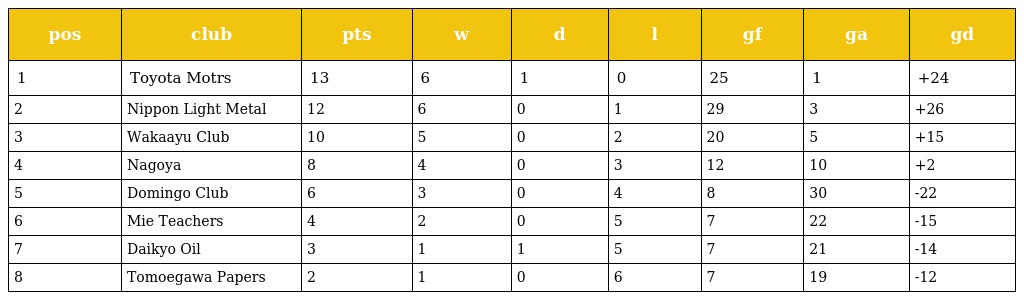
| pos | club | pts | w | d | l | gf | ga | gd |
 | --- | --- | --- | --- | --- | --- | --- | --- | --- |
 | 1 | Toyota Motrs | 13 | 6 | 1 | 0 | 25 | 1 | +24 |
 | 2 | Nippon Light Metal | 12 | 6 | 0 | 1 | 29 | 3 | +26 |
 | 3 | Wakaayu Club | 10 | 5 | 0 | 2 | 20 | 5 | +15 |
 | 4 | Nagoya | 8 | 4 | 0 | 3 | 12 | 10 | +2 |
 | 5 | Domingo Club | 6 | 3 | 0 | 4 | 8 | 30 | -22 |
 | 6 | Mie Teachers | 4 | 2 | 0 | 5 | 7 | 22 | -15 |
 | 7 | Daikyo Oil | 3 | 1 | 1 | 5 | 7 | 21 | -14 |
 | 8 | Tomoegawa Papers | 2 | 1 | 0 | 6 | 7 | 19 | -12 |